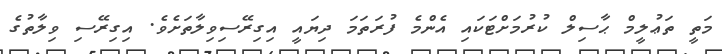
މަތީ ތަޢުލީމް ޙާސިލް ކުރުމަށްޓަކައި އެންމެ ފުރަތަމަ ދިޔައީ އިގިރޭސިވިލާތަށެވެ. އިގިރޭސި ވިލާތުގެ